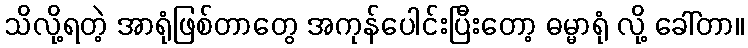
သိလို့ရတဲ့ အာရုံဖြစ်တာတွေ အကုန်ပေါင်းပြီးတော့ ဓမ္မာရုံ လို့ ခေါ်တာ။